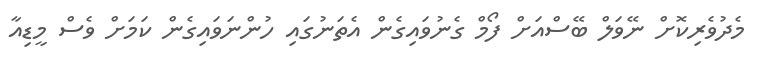
މެދުވެރިކޮށް ނޭވަލް ބޭސްއަށް ފޯމް ގެނުވައިގެން އެތަނުގައި ހުންނަވައިގެން ކަމަށް ވެސް މީޑިއާ